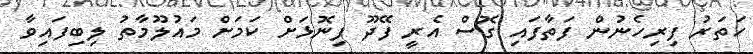
ހަތަރު ފިރިހެނުން ފަތާފައި ގޮސް އެރީ ފޭދޫ ފިނޮޅަށް ކަމަށް މައުލޫމާތު ލިބިފައިވާ